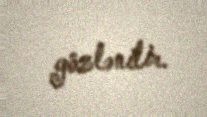
gözlənilir.